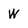
Character: W